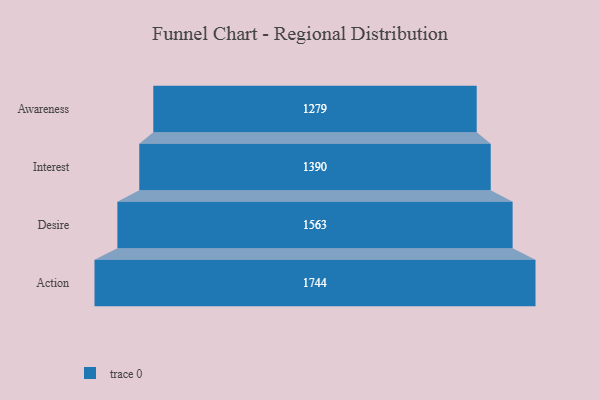
{"axis": {"x": "Stage", "y": "Value"}, "legend": [""], "data": [{"x": "Awareness", "y": 1279.0, "type": ""}, {"x": "Interest", "y": 1390.0, "type": ""}, {"x": "Desire", "y": 1563.0, "type": ""}, {"x": "Action", "y": 1744.0, "type": ""}]}